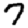
Digit: 7